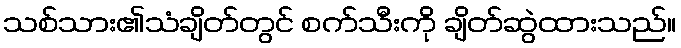
သစ်သား၏သံချိတ်တွင် စက်သီးကို ချိတ်ဆွဲထားသည်။